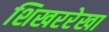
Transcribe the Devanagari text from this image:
शिखररेखा